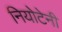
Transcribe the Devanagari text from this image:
नियोटेनी